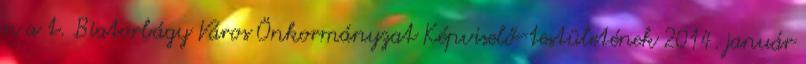
n a t. Biatorbágy Város Önkormányzat Képviselő-testületének 2014. január